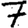
Digit: 7